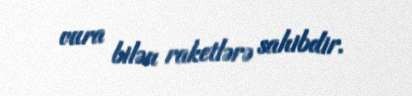
vura bilən raketlərə sahibdir.